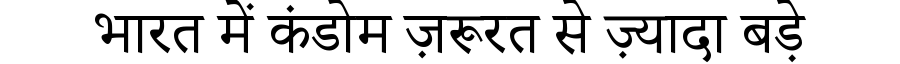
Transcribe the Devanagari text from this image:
भारत में कंडोम ज़रूरत से ज़्यादा बड़े